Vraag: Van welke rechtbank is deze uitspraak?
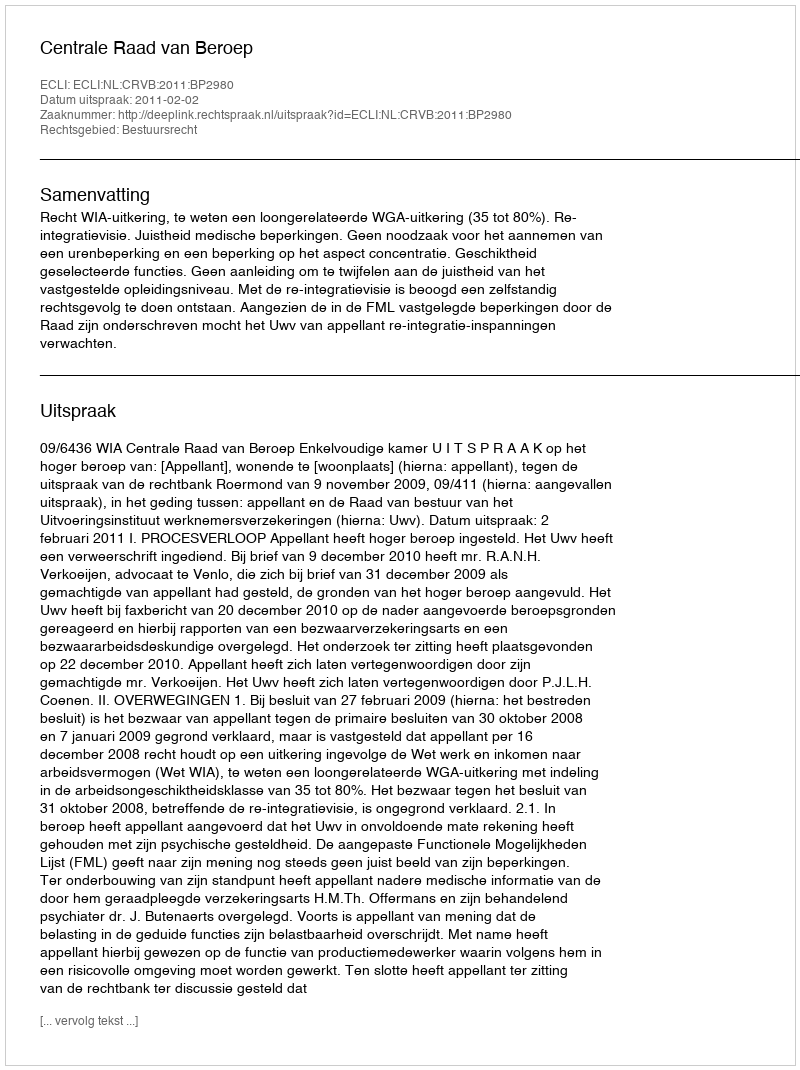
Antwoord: Centrale Raad van Beroep